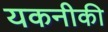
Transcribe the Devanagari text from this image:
यकनीकी